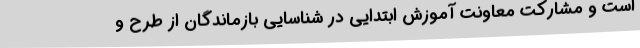
است و مشارکت معاونت آموزش ابتدایی در شناسایی بازماندگان از طرح و